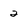
Character: 2